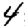
Digit: 4